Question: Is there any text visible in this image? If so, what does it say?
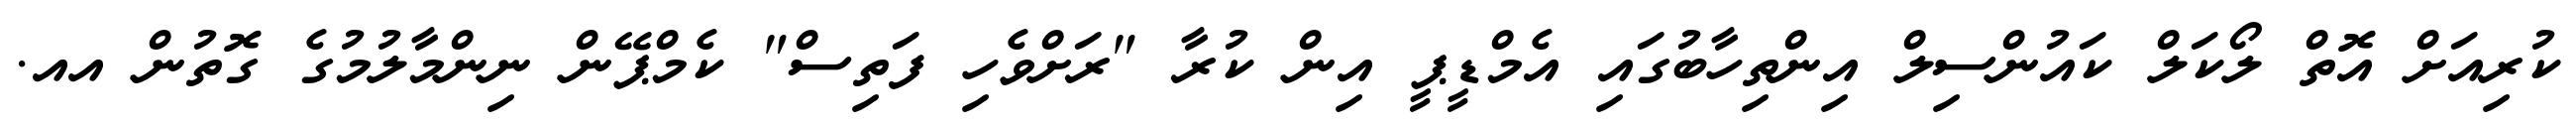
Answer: ކުރިއަށް އޮތް ލޯކަލް ކައުންސިލް އިންތިހާބުގައި އެމްޑީޕީ އިން ކުރާ "ރަށްވެހި ފަތިސް" ކެމްޕޭން ނިންމާލުމުގެ ގޮތުން އއ.